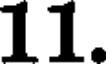
11.